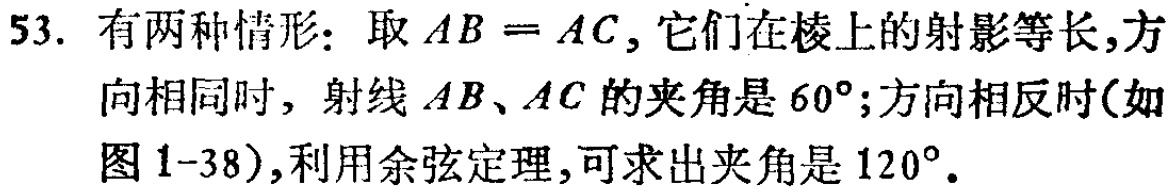
53. 有两种情形：取\(AB = AC\)，它们在棱上的射影等长，方向相同时，射线 \(AB、AC\) 的夹角是 \(60^{\circ}\)；方向相反时(如图 1-38)，利用余弦定理，可求出夹角是 \(120^{\circ}\)。